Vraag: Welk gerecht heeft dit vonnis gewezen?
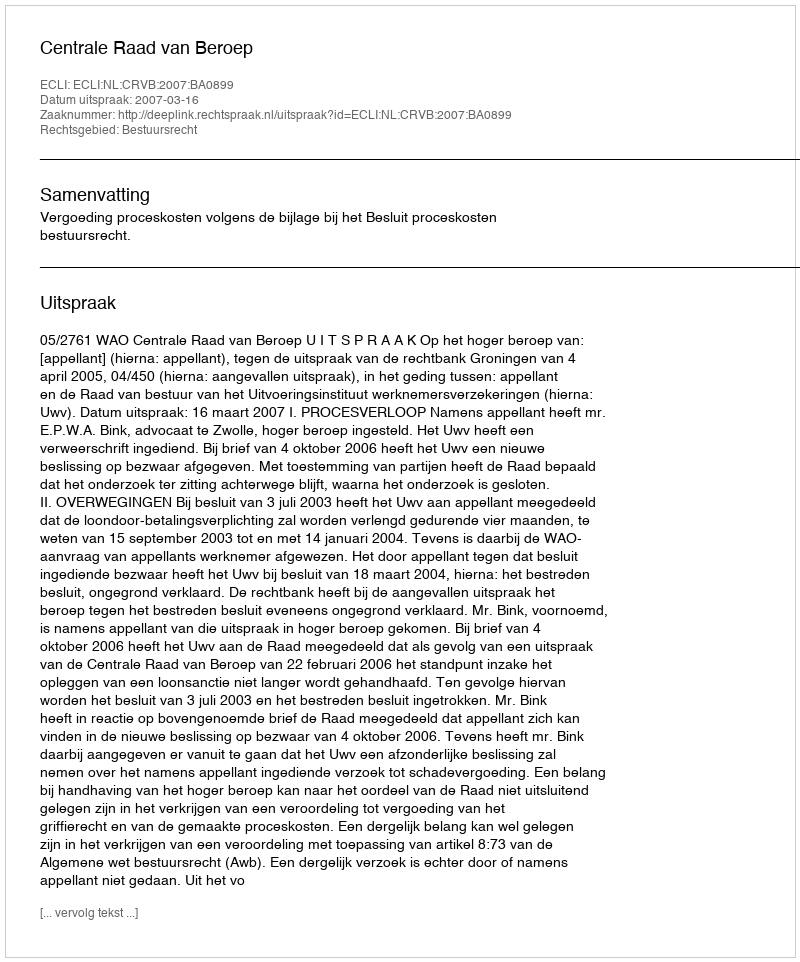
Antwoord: Centrale Raad van Beroep